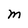
Character: M